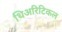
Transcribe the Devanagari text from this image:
थिअरिटिकल